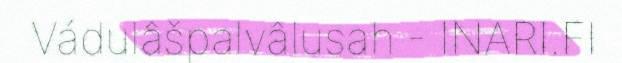
Vádulâšpalvâlusah - INARI.FI